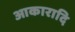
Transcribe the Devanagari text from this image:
आकारादि